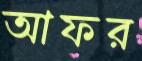
আফর